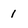
Character: 1